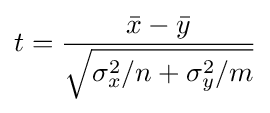
t={\frac {{\bar {x}}-{\bar {y}}}{\sqrt {\sigma _{x}^{2}/n+\sigma _{y}^{2}/m}}}